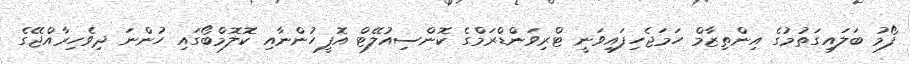
ފޯމު ބަލައިގަތުމުގެ އިންތިޒާމް ހަމަޖެހިފައިވަނީ ޓްރިވަންޑްރަމްގެ ކޮންސިއުލޭޓް އޮފީހުންނާއި ކޮލޮމްބޯގައި ހުންނަ ދިވެހިރާއްޖޭގެ